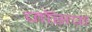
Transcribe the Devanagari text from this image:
जाॅसफ